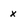
Character: x